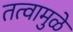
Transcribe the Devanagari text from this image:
तत्वामुळे